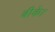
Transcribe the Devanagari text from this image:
बीके।